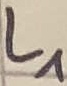
Text: L1